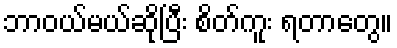
ဘာဝယ်မယ်ဆိုပြီး စိတ်ကူး ရတာတွေ။